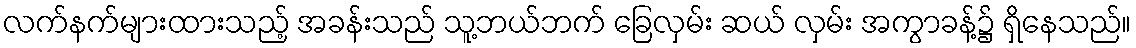
လက်နက်များထားသည့် အခန်းသည် သူ့ဘယ်ဘက် ခြေလှမ်း ဆယ် လှမ်း အကွာခန့်၌ ရှိနေသည်။